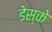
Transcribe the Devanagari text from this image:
डेस्के